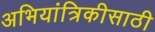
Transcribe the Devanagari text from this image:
अभियांत्रिकीसाठी